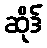
ဆိုဒ်